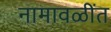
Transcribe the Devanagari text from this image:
नामावळींत